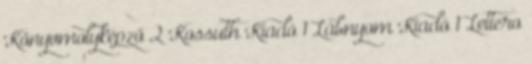
Könyvmolyképző 2 Kossuth Kiadó 1 Lábnyom Kiadó 1 Lettero